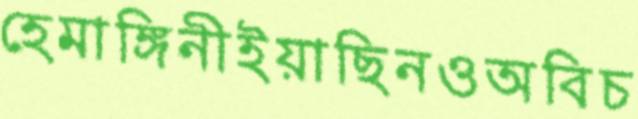
হেমাঙ্গিনীইয়াছিনওঅবিচ